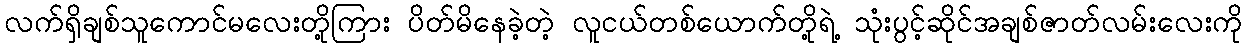
လက်ရှိချစ်သူကောင်မလေးတို့ကြား ပိတ်မိနေခဲ့တဲ့ လူငယ်တစ်ယောက်တို့ရဲ့ သုံးပွင့်ဆိုင်အချစ်ဇာတ်လမ်းလေးကို